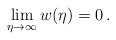
LaTeX: \begin{align*} \lim_{\eta\to\infty} w(\eta)=0\,. \end{align*}